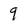
Character: 9